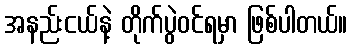
အနည်းငယ်နဲ့ တိုက်ပွဲဝင်ရမှာ ဖြစ်ပါတယ်။